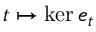
t \mapsto \ker e _ { t }